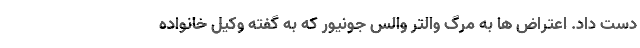
دست داد. اعتراض ها به مرگ والتر والس جونیور که به گفته وکیل خانواده